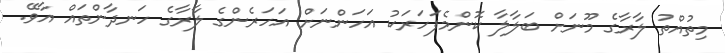
މިތުއްތު ލާރާގެ މޫނަށް ބަލާލާ ކޮންމެފަހަރަކު އަހަންނަށް އަހަރެންގެ ލާރާގެ ހަނދާންތައް އާވޭ.